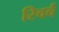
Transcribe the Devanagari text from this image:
रिवर्व